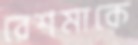
রেশমাকে